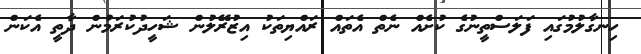
ހިނގާލުމުގައި ފަލަސްތީނުގެ ކުށެއް ނެތް އެތައް ރައްޔިތަކު އިޒުރޭލުން ޝަހީދުކުރަމުން ދާތީ އެކަން